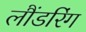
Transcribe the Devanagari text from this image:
लौंडरिंग